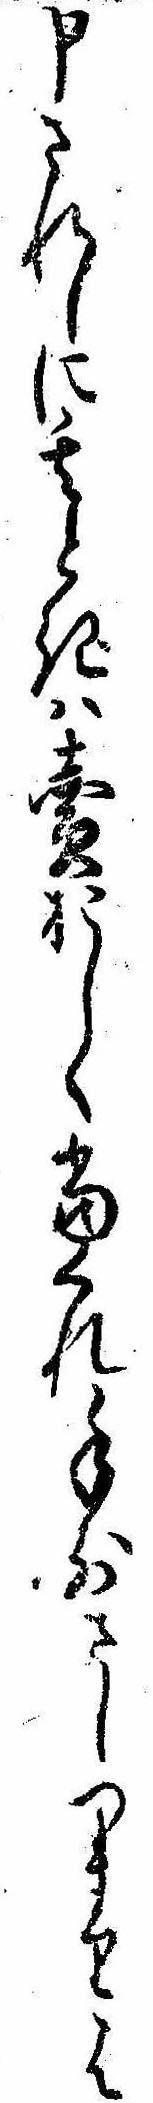
申されしに其ときは売おしく当くれ手前さしつまりは